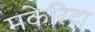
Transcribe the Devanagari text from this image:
मकेरिटा